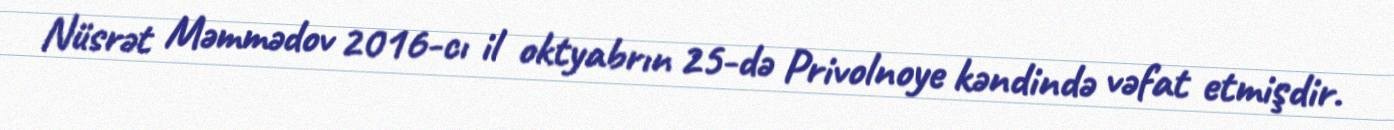
Nüsrət Məmmədov 2016-cı il oktyabrın 25-də Privolnoye kəndində vəfat etmişdir.